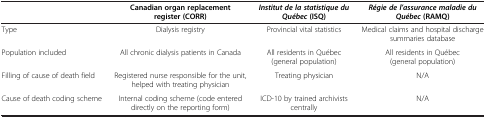
<table><thead><tr><td><b> </b></td><td><b>Canadian organ replacement register (CORR)</b></td><td><b><i>Institut de la statistique du Québec </i>(ISQ)</b></td><td><b><i>Régie de l’assurance maladie du Québec </i>(RAMQ)</b></td></tr></thead><tbody><tr><td>Type</td><td>Dialysis registry</td><td>Provincial vital statistics</td><td>Medical claims and hospital discharge summaries database</td></tr><tr><td>Population included</td><td>All chronic dialysis patients in Canada</td><td>All residents in Québec (general population)</td><td>All residents in Québec (general population)</td></tr><tr><td>Filling of cause of death field</td><td>Registered nurse responsible for the unit, helped with treating physician</td><td>Treating physician</td><td>N/A</td></tr><tr><td>Cause of death coding scheme</td><td>Internal coding scheme (code entered directly on the reporting form)</td><td>ICD-10 by trained archivists centrally</td><td>N/A</td></tr></tbody></table>